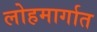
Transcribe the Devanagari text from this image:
लोहमार्गात